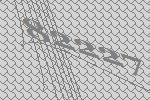
82227